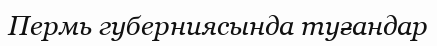
Пермь губерниясында туғандар